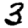
Digit: 3